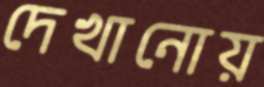
দেখানোয়